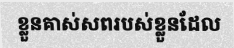
ខ្លួនគាស់សពរបស់ខ្លួនដែល